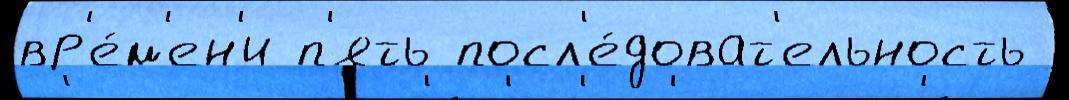
вр'е́м'ен'и п'ять посл'е́доват'ельность